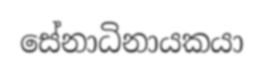
සේනාධිනායකයා